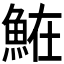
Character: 𩶦